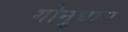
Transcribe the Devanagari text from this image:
गोनुधाम